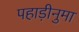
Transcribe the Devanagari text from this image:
पहाड़ीनुमा